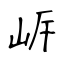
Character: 㟁